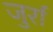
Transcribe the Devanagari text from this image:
जुर्रा